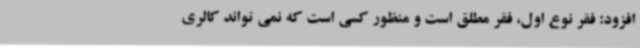
افزود: فقر نوع اول، فقر مطلق است و منظور کسی است که نمی تواند کالری